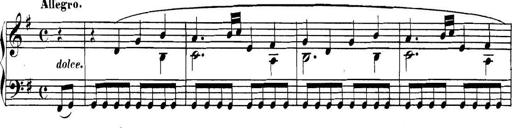
Title: Collected Piano Sonatas
Composer: Muzio Clementi